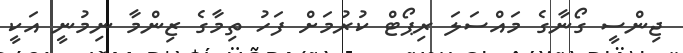
ޖިންސީ ގޯނާގެ މައްސަލަ ރިޕޯޓް ކުރުމަށް ފަހު ތިމާގެ ޒިންމާ ނިމުނީ އަކީ